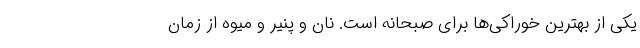
یکی از بهترین خوراکی‌ها برای صبحانه است. نان و پنیر و میوه از زمان